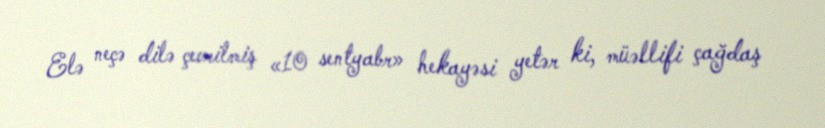
Elə neçə dilə çevrilmiş «10 sentyabr» hekayəsi yetər ki, müəllifi çağdaş